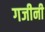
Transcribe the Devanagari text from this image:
गजीनी